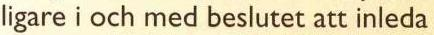
ligare i och med beslutet att inleda